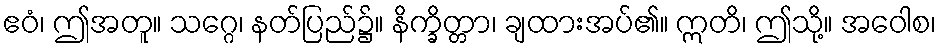
ဧဝံ၊ ဤအတူ။ သဂ္ဂေ၊ နတ်ပြည်၌။ နိက္ခိတ္တာ၊ ချထားအပ်၏။ ဣတိ၊ ဤသို့။ အဝေါစ၊